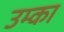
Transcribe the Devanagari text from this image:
उम्का